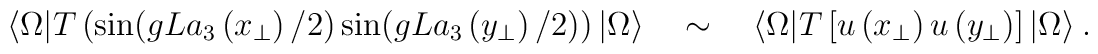
\langle \Omega|T\left(\sin (gL a_{3} \left(x_{\perp}\right)/2) \sin (gL a_{3}\left(y_{\perp}\right)/2)\right)|\Omega\rangle \quad  \sim  \quad \langle\Omega|T\left[u\left( x_{\perp}\right) u\left( y_{\perp}\right)\right]|\Omega\rangle\  .\nonumber \\